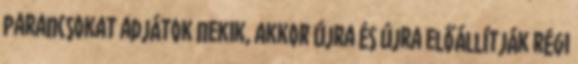
parancsokat adjátok nekik, akkor újra és újra előállítják régi